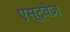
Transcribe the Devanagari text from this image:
एस्ट्वेज़